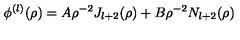
\phi ^ { ( l ) } ( \rho ) = A \rho ^ { - 2 } J _ { l + 2 } ( \rho ) + B \rho ^ { - 2 } N _ { l + 2 } ( \rho )